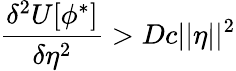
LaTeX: \frac{\delta^{2}U[\phi^{*}]}{\delta\eta^{2}}>Dc||\eta||^{2}